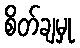
စိတ်ချမှု